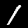
Digit: 1